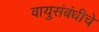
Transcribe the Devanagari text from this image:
वायुसंबंधीचे